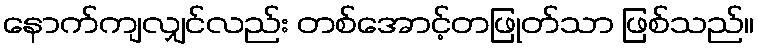
နောက်ကျလျှင်လည်း တစ်အောင့်တဖြုတ်သာ ဖြစ်သည်။